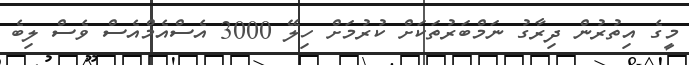
މީގެ އިތުރުން ދިރާގު ނަމްބަރުތަކަށް ކުރުމަށް ހިލޭ 3000 އެސްއެމްއެސް ވެސް ލިބެ